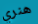
هنري